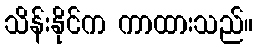
သိန်းနိုင်က ကာထားသည်။